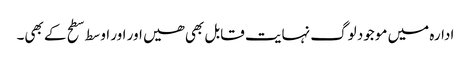
ادارہ میں موجود لوگ نہایت قابل بھی ھیں اور اور اوسط سطح کے بھی۔